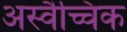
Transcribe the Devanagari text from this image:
अस्वैच्चिक